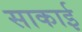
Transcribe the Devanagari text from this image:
साकाई